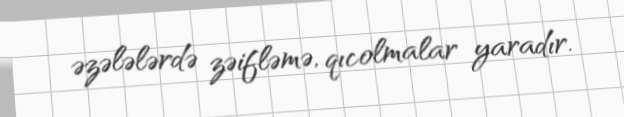
əzələlərdə zəifləmə, qıcolmalar yaradır.